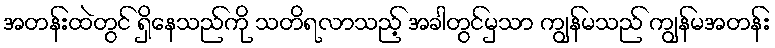
အတန်းထဲတွင် ရှိနေသည်ကို သတိရလာသည့် အခါတွင်မှသာ ကျွန်မသည် ကျွန်မအတန်း